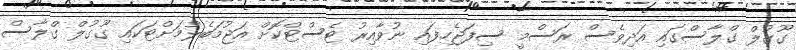
ގޫގުލް ގްލާސްގައި އަދިވެސް ރަސްމީ ސިފަޖެހިފައި ނުވާއިރު ޓެސްޓްކޮށް އަޖުމަބެލުމަށްޓަކައި ގޫގުލް ގްލާސް